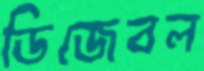
ডিজেবল